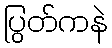
ပြွတ်ကနဲ